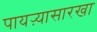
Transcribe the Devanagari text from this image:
पायऱ्यासारखा